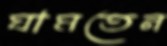
ঘামতেন